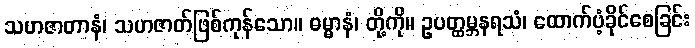
သဟဇာတာနံ၊ သဟဇာတ်ဖြစ်ကုန်သော။ ဓမ္မာနံ၊ တို့ကို။ ဥပတ္ထမ္ဘနရသံ၊ ထောက်ပံ့ခိုင်စေခြင်း